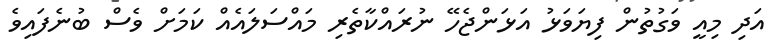
އަދި މިއީ ވަގުތުން ފިޔަވަޅު އަޅަންޖެހޭ ނުރައްކާތެރި މައްސަލައެއް ކަމަށް ވެސް ބުނެފައިވެ